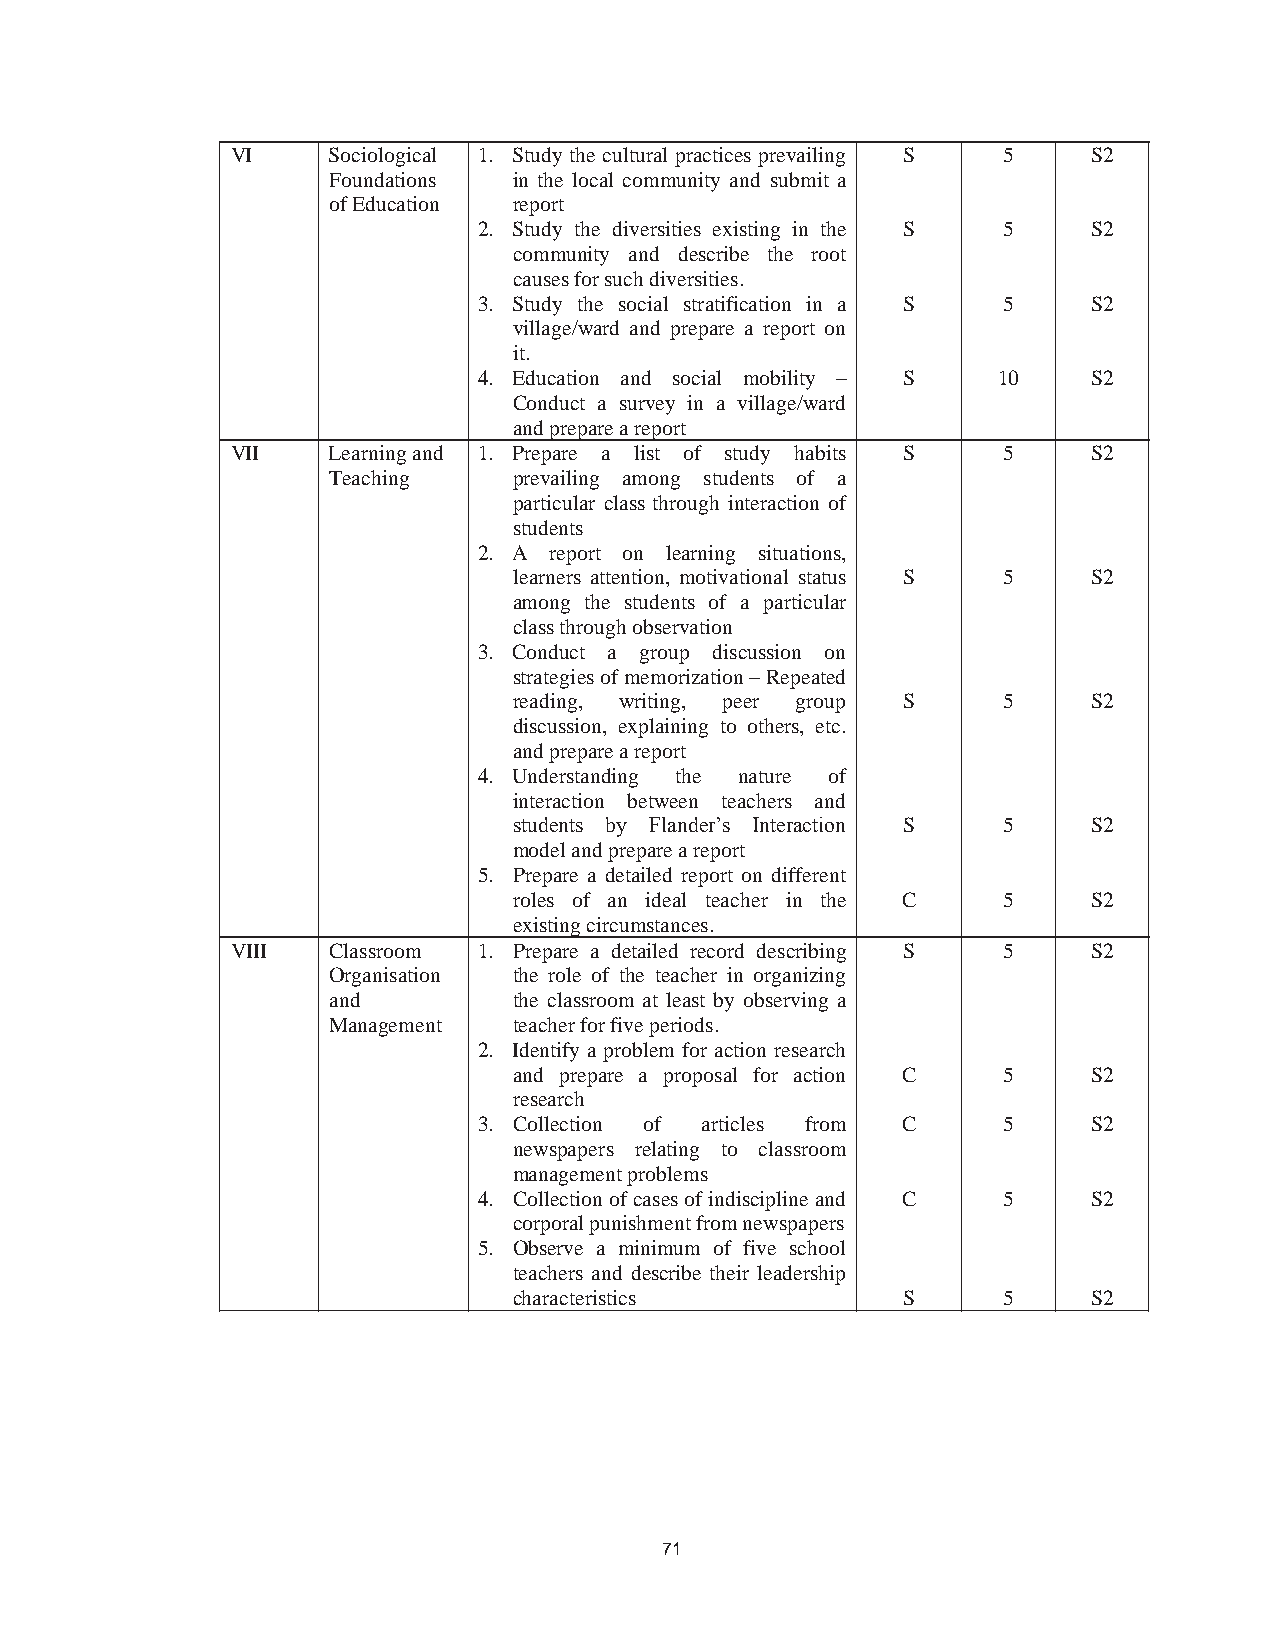
80
 VI     Sociological 1. Study the cultural practices prevailing S 5 S2
 Foundations in the local community and submit a
 of Education report
 2. Study the diversities existing in the S 5 S2
 community and describe the root
 causes for such diversities.
 3. Study the social stratification in a S 5 S2
 village/ward and prepare a report on
 it.
 4. Education and social mobility – S 10 S2
 Conduct a survey in a village/ward
 and prepare a report
 VII    Learning and 1. Prepare a list of study habits S 5 S2
 Teaching    prevailing among students of a
 particular class through interaction of
 students
 2. A report on learning situations,
 learners attention, motivational status S 5 S2
 among the students of a particular
 class through observation
 3. Conduct a group discussion on
 strategies of memorization – Repeated
 reading, writing, peer group S  5     S2
 discussion, explaining to others, etc.
 and prepare a report
 4. Understanding the nature of
 interaction between teachers and
 students by Flander’s Interaction S 5 S2
 model and prepare a report
 5. Prepare a detailed report on different
 roles of an ideal teacher in the C 5  S2
 existing circumstances.
 VIII   Classroom 1. Prepare a detailed record describing S 5 S2
 Organisation the role of the teacher in organizing
 and         the classroom at least by observing a
 Management  teacher for five periods.
 2. Identify a problem for action research
 and prepare a proposal for action C 5 S2
 research
 3. Collection of articles from C  5     S2
 newspapers relating to classroom
 management problems
 4. Collection of cases of indiscipline and C 5 S2
 corporal punishment from newspapers
 5. Observe a minimum of five school
 teachers and describe their leadership
 characteristics           S     5     S2
 71